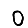
Digit: 0